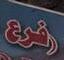
فرع